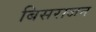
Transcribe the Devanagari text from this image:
बिसराजन